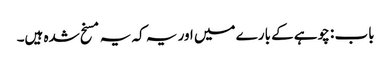
باب : چوہے کے بارے میں اور یہ کہ یہ مسخ شدہ ہیں۔